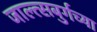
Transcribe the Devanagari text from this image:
जाल्त्सबुर्गच्या